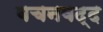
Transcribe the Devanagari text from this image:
वचनवद्द